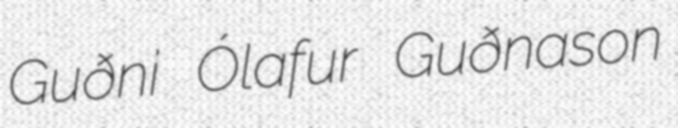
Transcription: Guðni Ólafur Guðnason